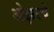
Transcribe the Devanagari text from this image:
ओझरचे